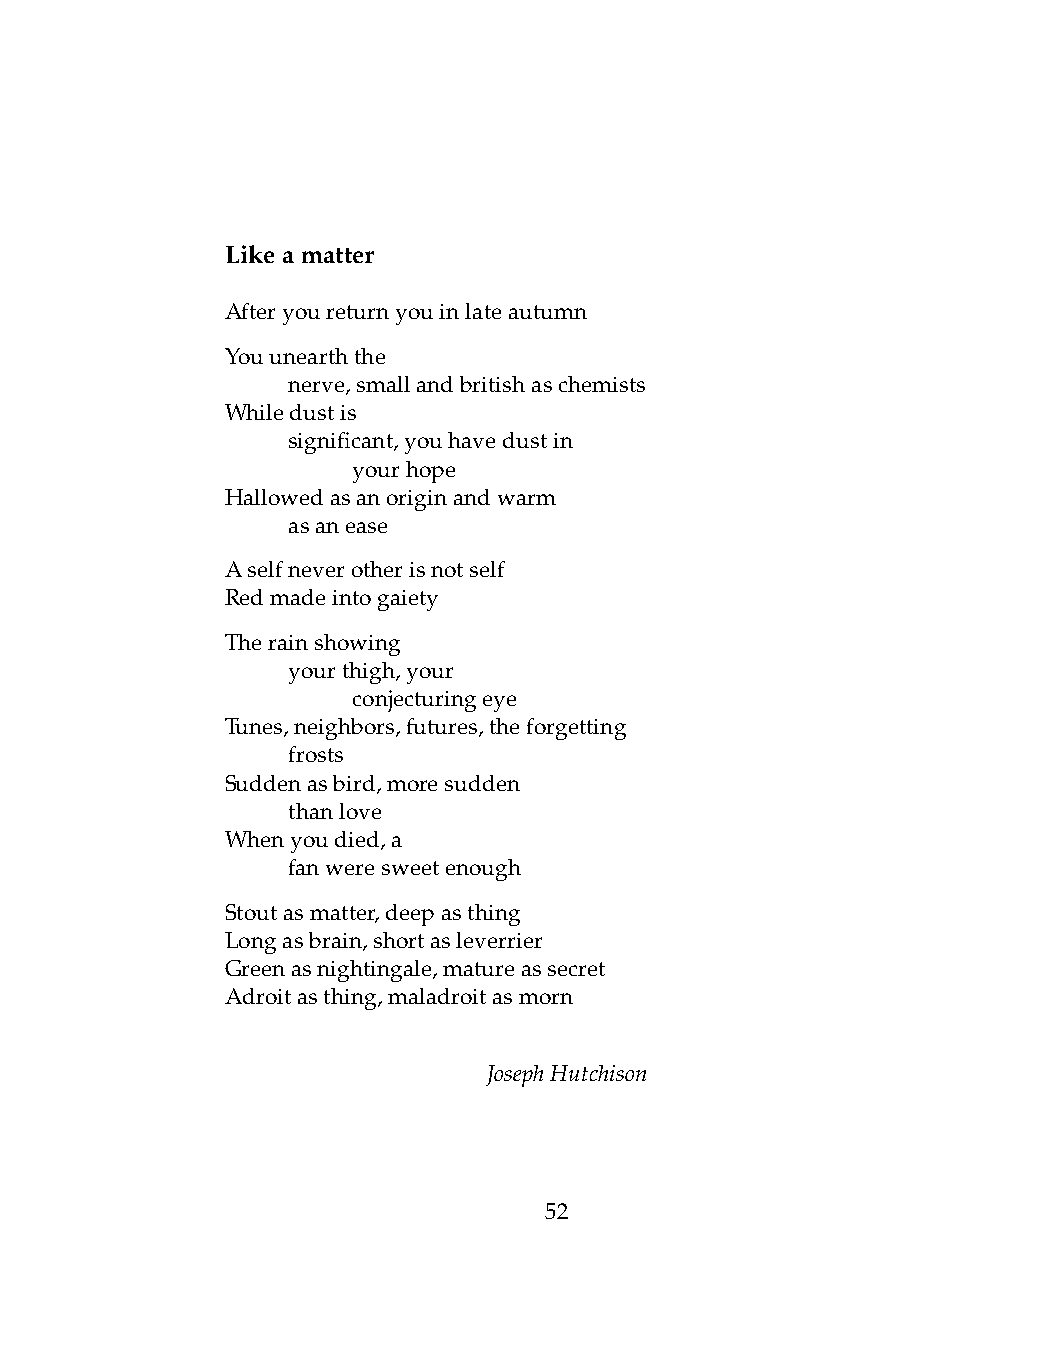
Likeamatter
 Afteryoureturnyouinlateautumn
 Youunearththe
 .   nerve,smallandbritishaschemists
 Whiledustis
 .   significant,youhavedustin
 .   .   yourhope
 Hallowedasanoriginandwarm
 .   asanease
 Aselfneverotherisnotself
 Redmadeintogaiety
 Therainshowing
 .   yourthigh,your
 .   .   conjecturingeye
 Tunes,neighbors,futures,theforgetting
 .   frosts
 Suddenasbird,moresudden
 .   thanlove
 Whenyoudied,a
 .   fanweresweetenough
 Stoutasmatter,deepasthing
 Longasbrain,shortasleverrier
 Greenasnightingale,matureassecret
 Adroitasthing,maladroitasmorn
 JosephHutchison
 52